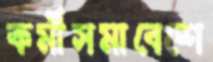
কর্মীসমাবেশে